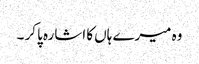
وہ میرے ہاں کا اشارہ پا کر ۔